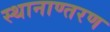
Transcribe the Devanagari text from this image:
स्थानाण्तरण